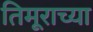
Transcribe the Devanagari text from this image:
तिमूराच्या